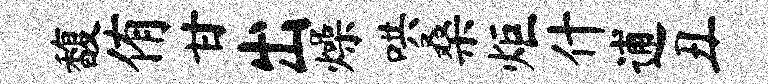
馥侑甘出燥哄桑炬什逋丑